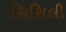
સિસિલી